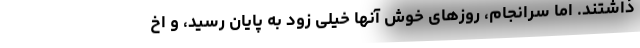
ذاشتند. اما سرانجام، روزهای خوش آنها خیلی زود به پایان رسید، و اخ